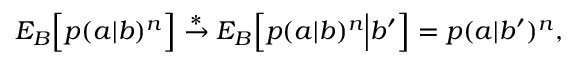
\begin{array} { r } { { E } _ { B } \Big [ p ( a | b ) ^ { n } \Big ] \stackrel { * } { \rightarrow } { E } _ { B } \Big [ p ( a | b ) ^ { n } \Big | b ^ { \prime } \Big ] = p ( a | b ^ { \prime } ) ^ { n } , } \end{array}